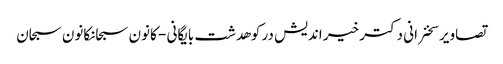
تصاویر سخنرانی دکتر خیر اندیش در کوهدشت بایگانی - کانون سبحانکانون سبحان